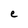
Character: e